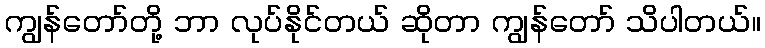
ကျွန်တော်တို့ ဘာ လုပ်နိုင်တယ် ဆိုတာ ကျွန်တော် သိပါတယ်။